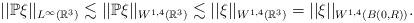
LaTeX: \begin{align*}||\mathbb{P} \xi||_{L^{\infty}(\mathbb{R}^{3})}\lesssim ||\mathbb{P} \xi||_{W^{1,4}(\mathbb{R}^{3})}\lesssim || \xi||_{W^{1,4}(\mathbb{R}^{3})}=|| \xi||_{W^{1,4}(B(0,R) )}.\end{align*}